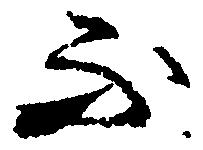
不